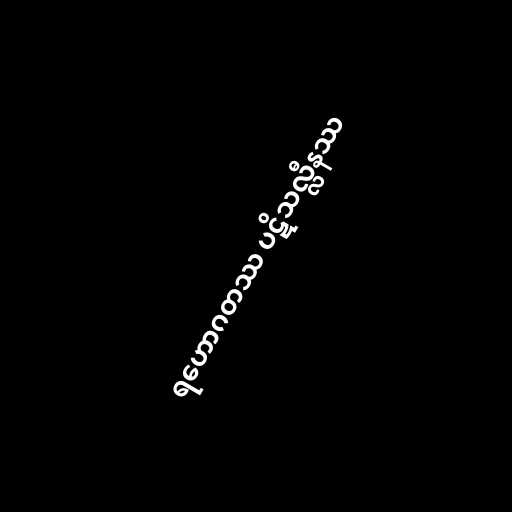
ရဟောဂတဿ ပဋိသလ္လီနဿ